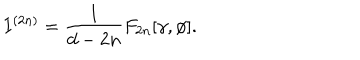
LaTeX: I ^ { ( 2 n ) } = \frac { l } { d - 2 n } F _ { 2 n } [ \gamma , \phi ] .